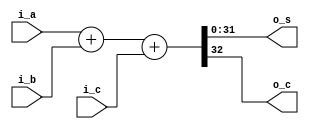

// ==================================================
//	[ VLSISYS Lab. ]
//	* Author		: Woong Choi (woongchoi@sm.ac.kr)
//	* Filename		: adder.v
//	* Description	: 
// ==================================================

module adder
#(	
	parameter	BW_DATA	= 32
)
(	
	output		[BW_DATA-1:0]	o_s,
	output						o_c,
	input		[BW_DATA-1:0]	i_a,
	input		[BW_DATA-1:0]	i_b,
	input						i_c
);

	assign	{o_c, o_s} = i_a + i_b + i_c;

endmodule